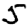
Digit: 5